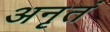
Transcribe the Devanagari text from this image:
अनृतं